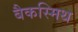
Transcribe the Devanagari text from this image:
बैकस्मिथ